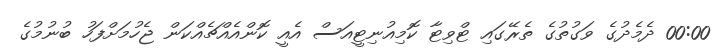
00:00 ދެމެދުގެ ވަގުތުގެ ތެރޭގައި ޓްވިޓާ ކޮމިއުނިޓީއަސް އެއީ ކޮންއެއްޗެއްކަން ޖެހުމަށްފަހު ބުނުމުގެ